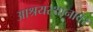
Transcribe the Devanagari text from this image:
आश्रयस्थानावर